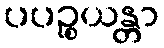
ပပဉ္စယန္တာ